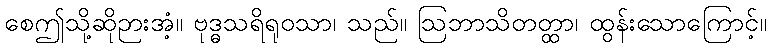
စေဤသို့ဆိုဉားအံ့။ ဗုဒ္ဓသရိရုဝသာ၊ သည်။ ဩဘာသိတတ္ထာ၊ ထွန်းသောကြောင့်။